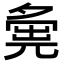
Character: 𡖴